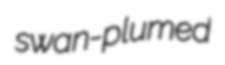
swan-plumed